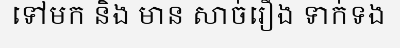
ទៅមក និង មាន សាច់រឿង ទាក់ទង